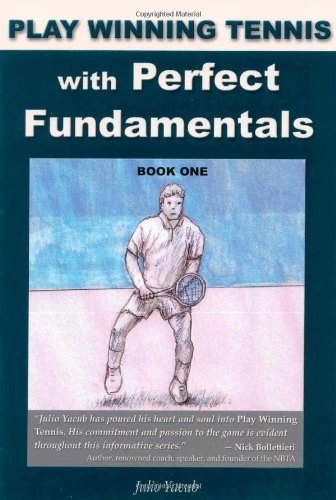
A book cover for Play Winning Tennis with Perfect Fundamentals; Julio Yacub; Sports & Outdoors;